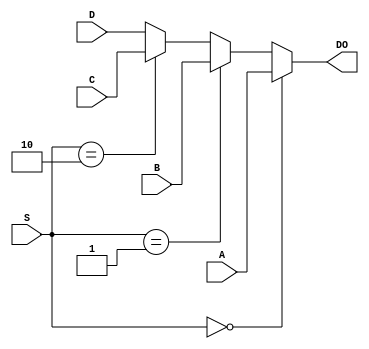
`timescale 1ns / 1ps

module MUX64_16(	input [15:0] A, output wire [15:0] DO,
						input [15:0] B,
						input [15:0] C,
						input [15:0] D,
						input [1:0] S
    );

assign DO = (S == 0)? A:
				(S == 1)? B:
				(S == 2)? C:
							 D;

endmodule